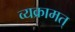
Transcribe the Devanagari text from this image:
व्यक्रामत्